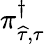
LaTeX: \pi_{\widehat{\tau},{{\tau}}}^{\dagger}